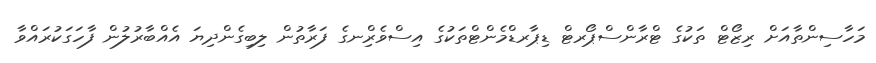
މަހާސިންތާއަށް ރިޒޯޓް ތަކުގެ ޓްރާންސްޕޯރޓް ޑިޕާރޑްމެންޓްތަކުގެ އިސްވެރިްނގެ ފަރާތުން ލިބިގެންދިޔަ އެއްބާރުލުން ފާހަގަކުރައްވާ